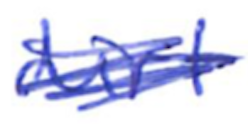
Text: dirt
Cross-out: scratch
Writing tool: ballpoint